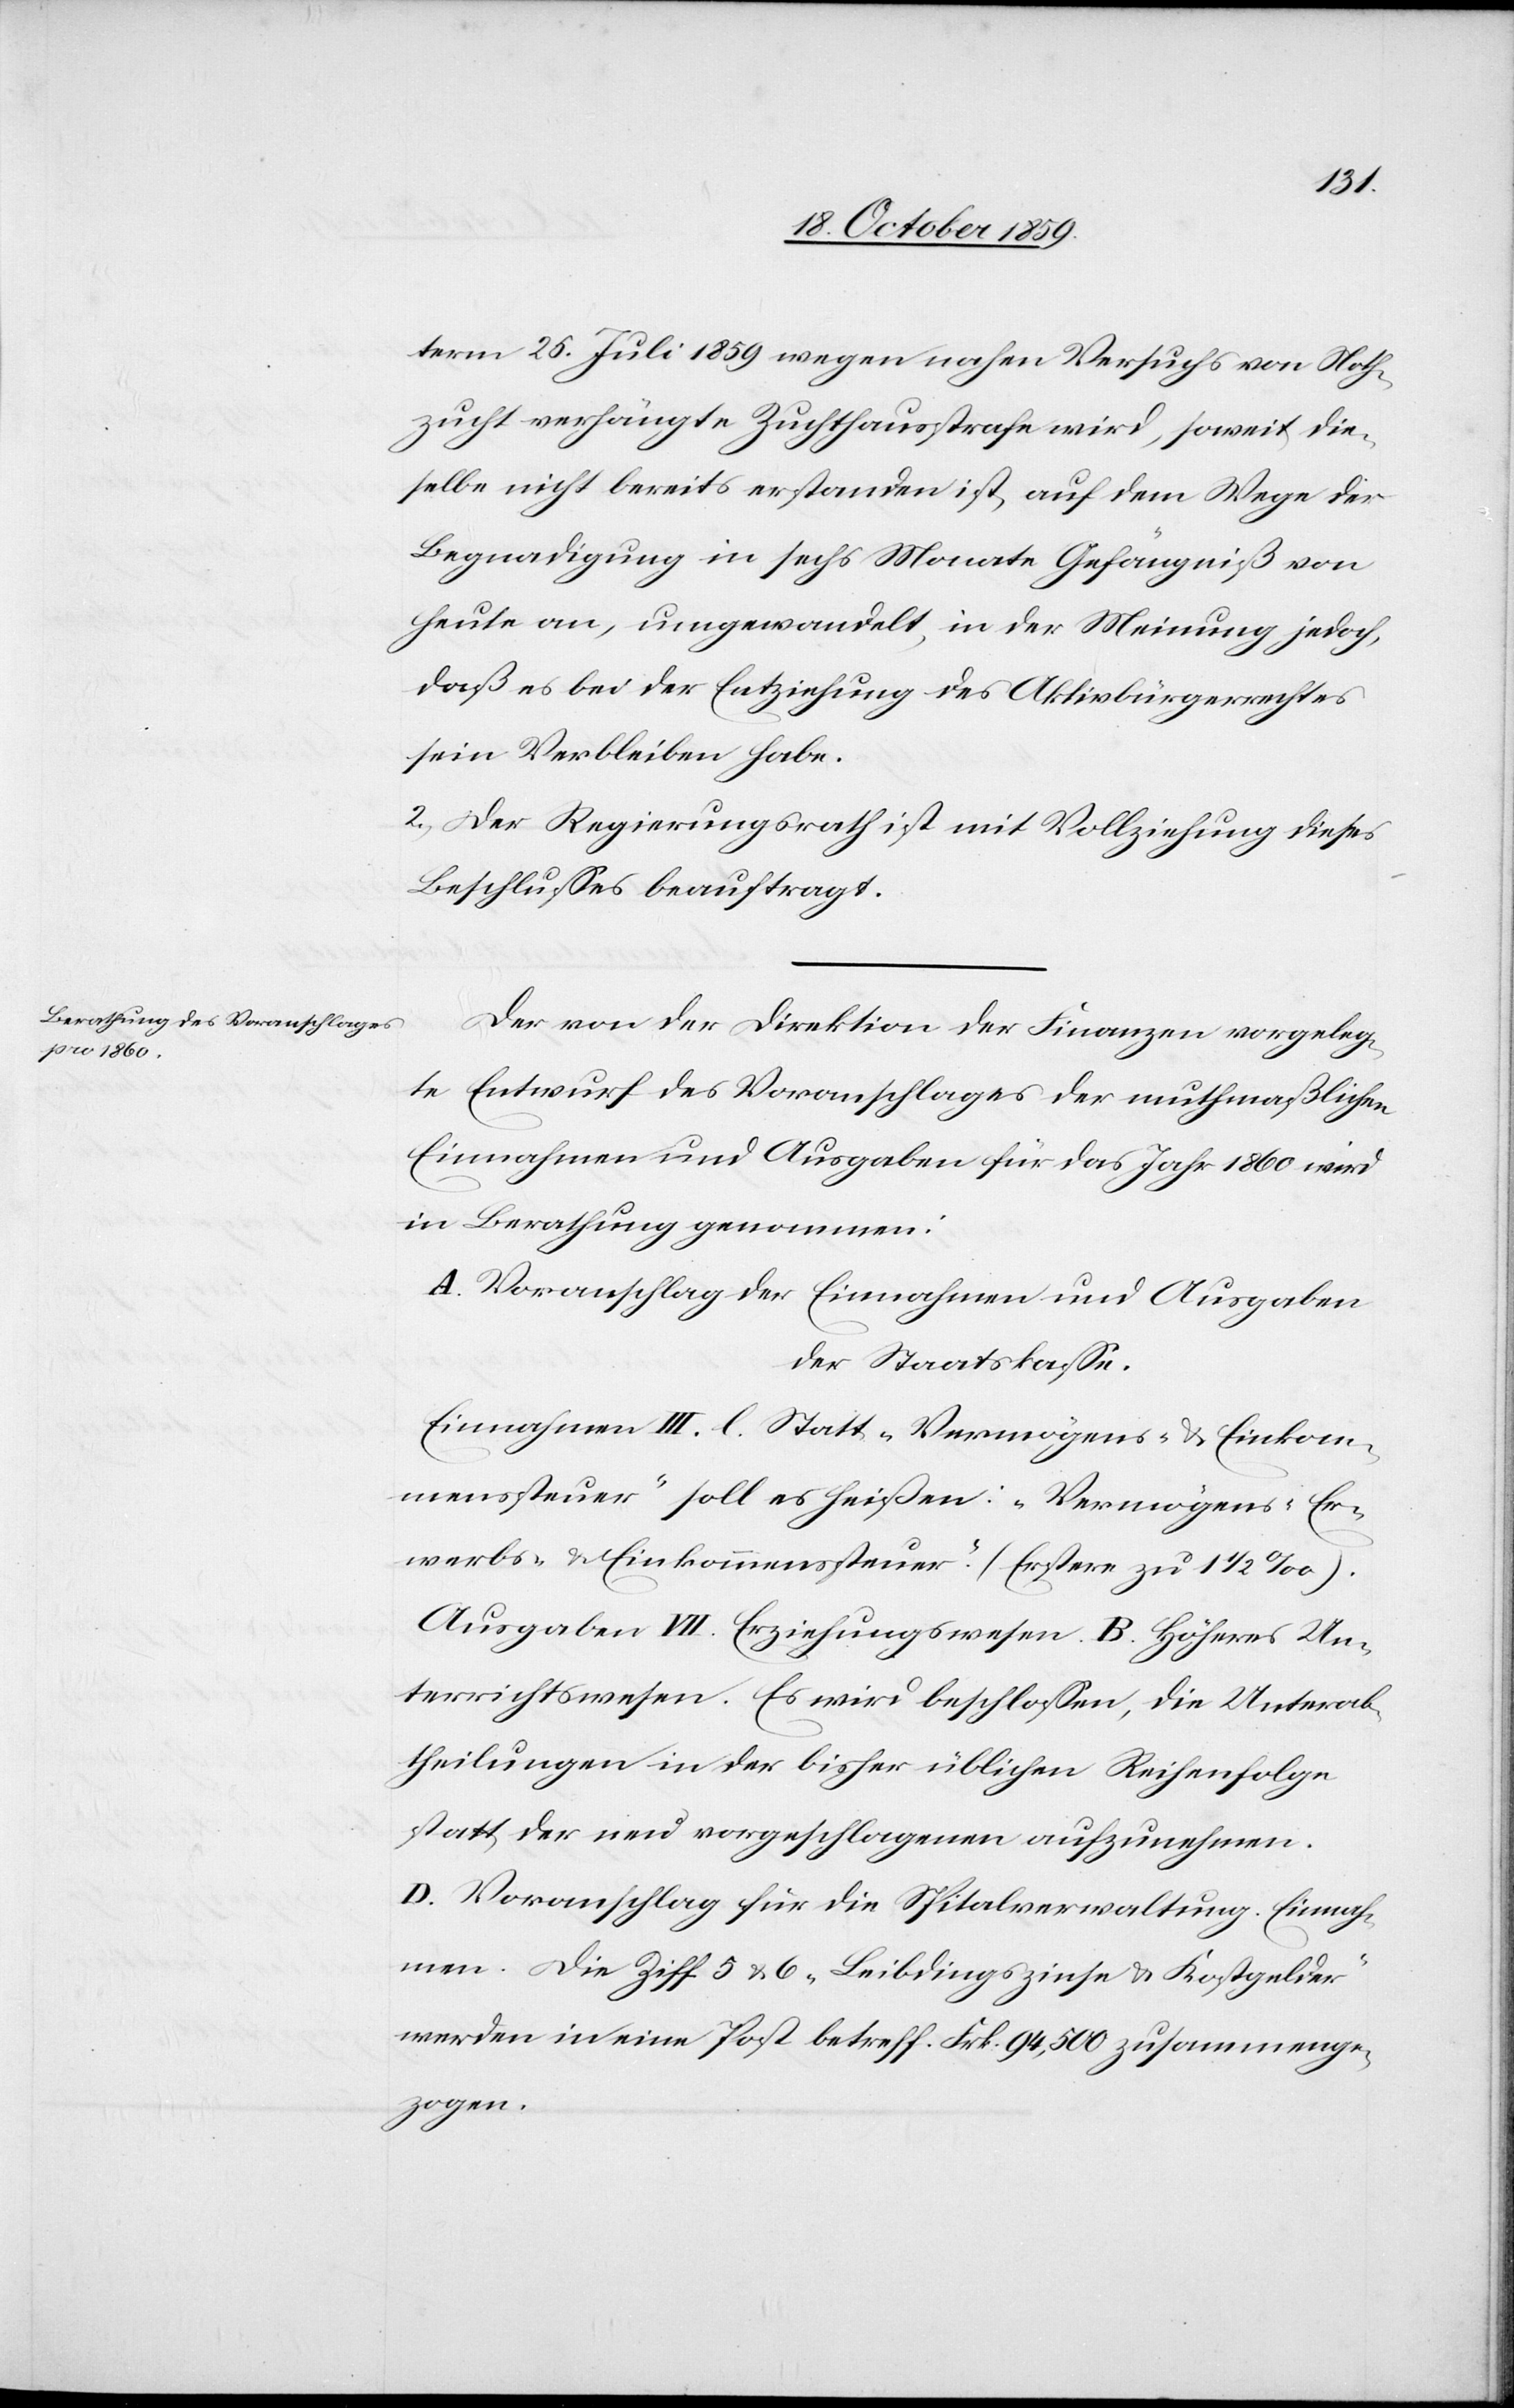
term 25. Juli 1859 wegen nahen Versuchs von Noth¬
zucht verhängte Zuchthausstrafe wird, soweit die¬
selbe nicht bereits erstanden ist, auf dem Wege der
Begnadigung in sechs Monate Gefängniß von
heute an, umgewandelt, in der Meinung jedoch,
daß es bei der Entziehung des Aktivbürgerrechtes
sein Verbleiben habe.
2) Der Regierungsrath ist mit Vollziehung dieses
Beschlusses beauftragt.
Der von der Direktion der Finanzen vorgeleg¬
te Entwurf des Voranschlages der muthmaßlichen
Einnahmen und Ausgaben für das Jahr 1869 wird
in Berathung genommen:
A. Voranschlag der Einnahmen und Ausgaben
der Staatskasse.
Einnahmen III. l. Statt „Vermögens- & Einkom¬
menssteuer“ soll es heissen: „Vermögens- Er¬
werbs- und Einkommenssteuer“. (Erstere zu 1 1/2 ‰).
Ausgaben VII. Erziehungswesen. B. Höheres Un¬
terrichtswesen. Es wird beschlossen, die Unterab¬
theilungen in der bisher üblichen Reihenfolge
statt der neu vorgeschlagenen aufzunehmen.
D. Voranschlag für die Spitalverwaltung. Einnah¬
men. Die Ziff. 5 & 6 „Leibdingszinse & Kostgelder“
werden in eine Post betreff. Frk. 94,500 zusammenge¬
zogen.